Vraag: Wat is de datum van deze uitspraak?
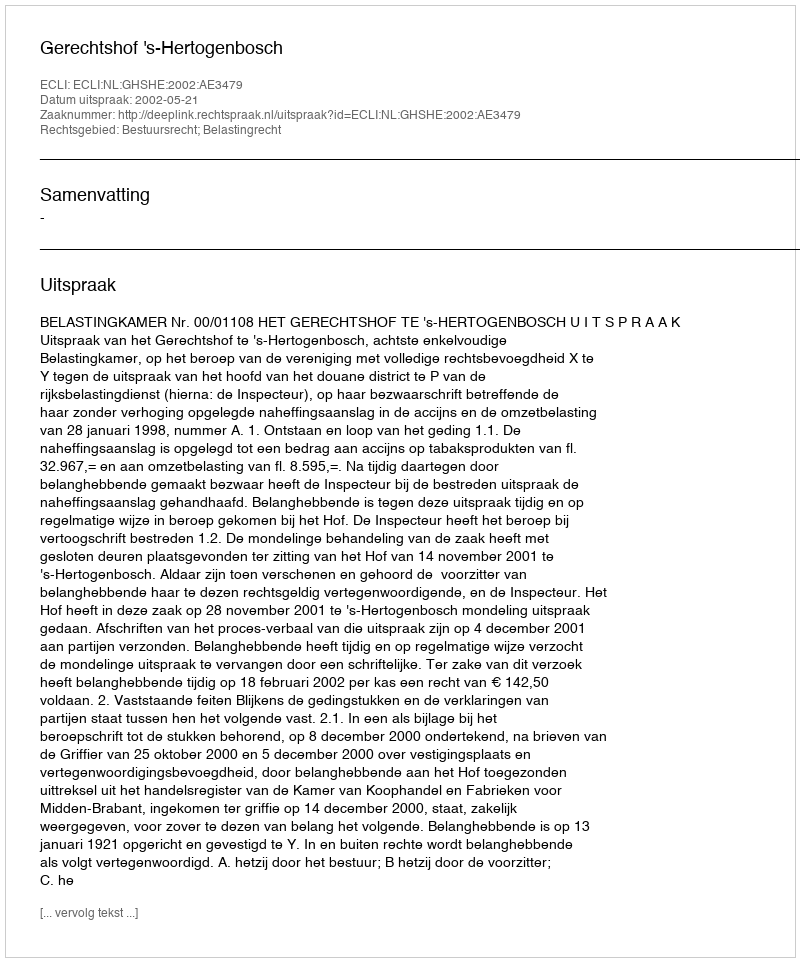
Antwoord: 2002-05-21